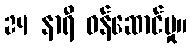
24 နာရီ ဝန်ဆောင်မှု။